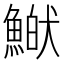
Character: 𩹏